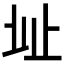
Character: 𣥠